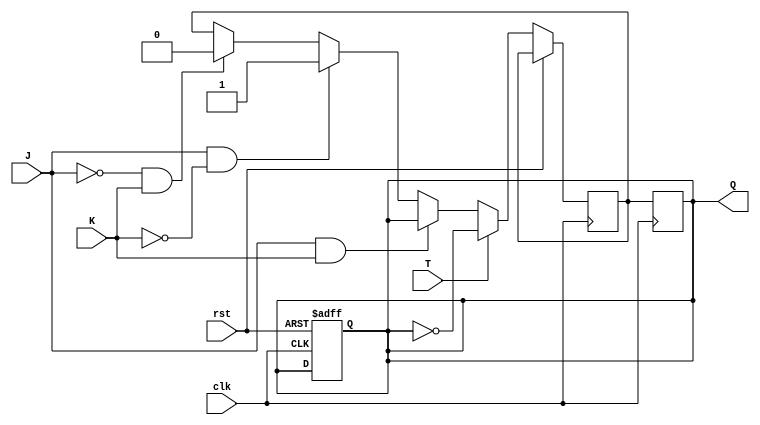
module t_ff_jk (
    input wire clk,
    input wire rst,
    input wire J,
    input wire K,
    input wire T,
    output reg Q
);

reg next_Q;

always @(posedge clk or posedge rst) begin
    if (rst) begin
        Q <= 1'b0;
    end else begin
        if (T) begin
            next_Q <= ~Q;
        end else begin
            if (J & K) begin
                next_Q <= Q;
            end else if (J & ~K) begin
                next_Q <= 1'b1;
            end else if (~J & K) begin
                next_Q <= 1'b0;
            end
        end
    end
end

always @(posedge clk) begin
    Q <= next_Q;
end

endmodule